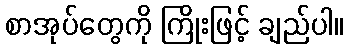
စာအုပ်တွေကို ကြိုးဖြင့် ချည်ပါ။